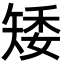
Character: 矮